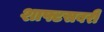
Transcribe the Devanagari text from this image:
शाफ्टसबरी